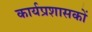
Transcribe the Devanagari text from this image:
कार्यप्रशासकों